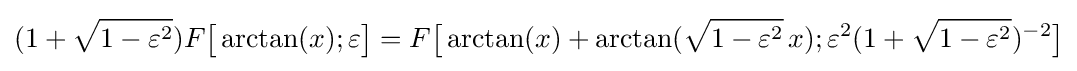
(1+{\sqrt {1-\varepsilon ^{2}}})F{\bigl [}\arctan(x);\varepsilon {\bigr ]}=F{\bigl [}\arctan(x)+\arctan({\sqrt {1-\varepsilon ^{2}}}\,x);\varepsilon ^{2}(1+{\sqrt {1-\varepsilon ^{2}}})^{-2}{\bigr ]}